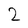
Character: 2